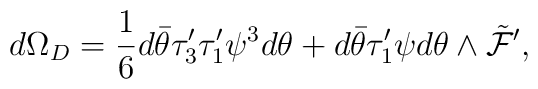
d\Omega_D =\frac{1}{6}d\bar{\theta} \tau_3^{\prime}\tau_1^{\prime} \psi^3 d\theta+ d\bar{\theta} \tau_1^{\prime}\psi d\theta\wedge \tilde{\cal F}^{\prime},